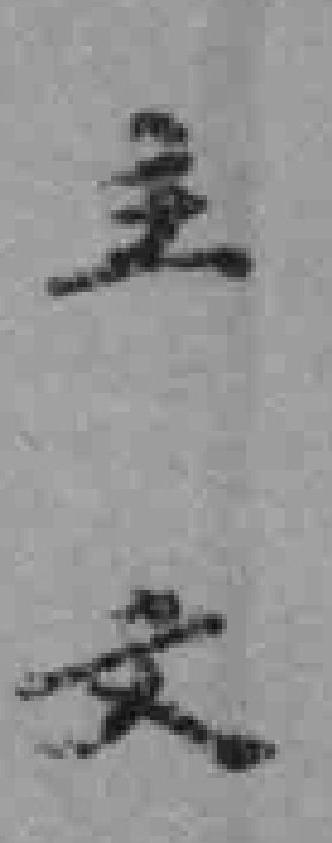
主文